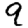
Digit: 9